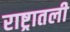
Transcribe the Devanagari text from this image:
राष्ट्रातली